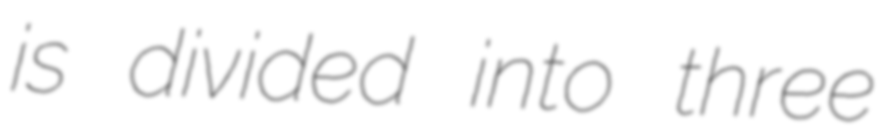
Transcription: is divided into three